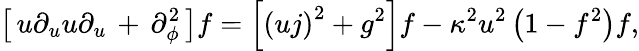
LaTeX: \left[\, u\partial_{u}u\partial_{u}\, +\, \partial_{\phi}^{2}\, \right]f=\left[\left(uj\right)^{2}+g^{2}\right]f-\kappa^{2}u^{2}\left(1-f^{2}\right)f,